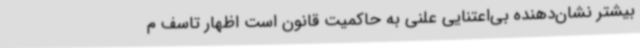
بیشتر نشان‌دهنده بی‌اعتنایی علنی به حاکمیت قانون است اظهار تاسف م